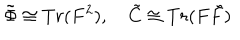
LaTeX: \tilde { \Phi } \cong T r ( F ^ { 2 } ) , \quad \tilde { C } \cong T r ( F \tilde { F } )